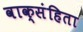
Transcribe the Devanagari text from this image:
वाक्संहिता